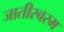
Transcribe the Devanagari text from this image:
जातीस्वरम